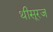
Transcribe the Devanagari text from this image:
थीसूरज